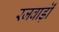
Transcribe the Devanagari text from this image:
रजवाड़ॊं